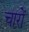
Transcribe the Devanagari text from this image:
चारों